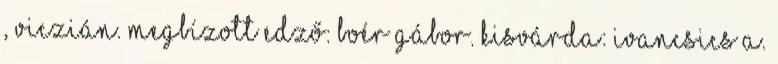
, Viczián. Megbízott edző: Boér Gábor. Kisvárda: Ivancsics A.